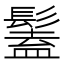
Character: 𩮨